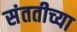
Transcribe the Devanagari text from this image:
संततीच्या